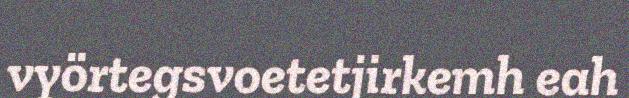
vyörtegsvoetetjirkemh eah